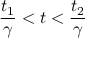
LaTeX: \frac { t _ { 1 } } { \gamma } < t < \frac { t _ { 2 } } { \gamma }